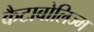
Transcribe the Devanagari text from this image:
कैटाबोलिज्म